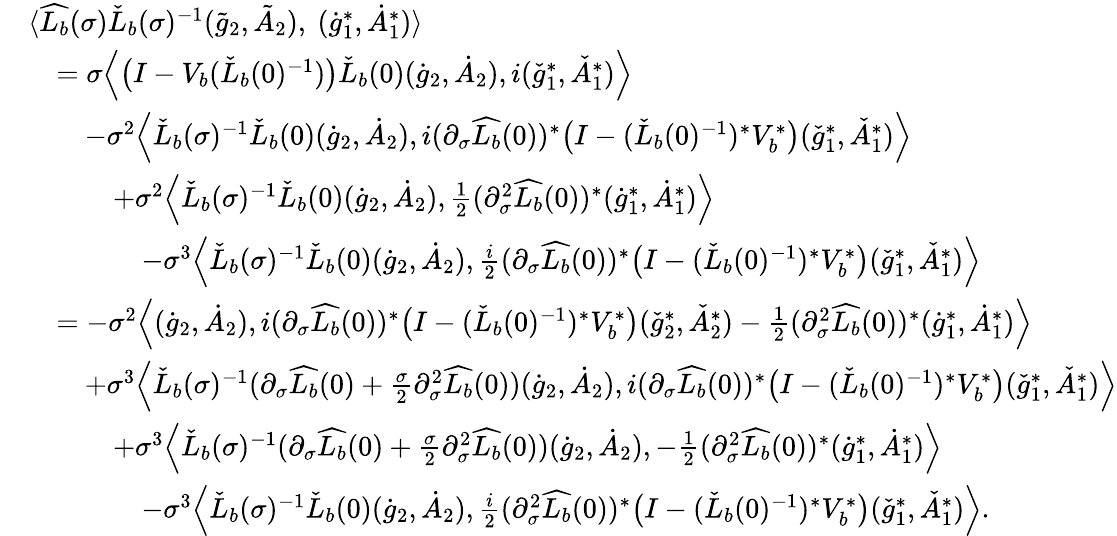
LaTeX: \begin{array}{rl}&{\langle\widehat{L_{b}}(\sigma)\check{L}_{b}(\sigma)^{-1}(\tilde{g}_{2},\tilde{A}_{2}),\ (\dot{g}_{1}^{*},\dot{A}_{1}^{*})\rangle}\\ &{\quad=\sigma\Big\langle\big(I-V_{b}(\check{L}_{b}(0)^{-1})\big)\check{L}_{b}(0)(\dot{g}_{2},\dot{A}_{2}),i(\check{g}_{1}^{*},\check{A}_{1}^{*})\Big\rangle}\\ &{\quad\quad-\sigma^{2}\Big\langle\check{L}_{b}(\sigma)^{-1}\check{L}_{b}(0)(\dot{g}_{2},\dot{A}_{2}),i(\partial_{\sigma}\widehat{L_{b}}(0))^{*}\big(I-(\check{L}_{b}(0)^{-1})^{*}V_{b}^{*}\big)(\check{g}_{1}^{*},\check{A}_{1}^{*})\Big\rangle}\\ &{\quad\quad\quad+\sigma^{2}\Big\langle\check{L}_{b}(\sigma)^{-1}\check{L}_{b}(0)(\dot{g}_{2},\dot{A}_{2}),\frac{1}{2}(\partial_{\sigma}^{2}\widehat{L_{b}}(0))^{*}(\dot{g}_{1}^{*},\dot{A}_{1}^{*})\Big\rangle}\\ &{\quad\quad\quad\quad-\sigma^{3}\Big\langle\check{L}_{b}(\sigma)^{-1}\check{L}_{b}(0)(\dot{g}_{2},\dot{A}_{2}),\frac{i}{2}(\partial_{\sigma}\widehat{L_{b}}(0))^{*}\big(I-(\check{L}_{b}(0)^{-1})^{*}V_{b}^{*}\big)(\check{g}_{1}^{*},\check{A}_{1}^{*})\Big\rangle}\\ &{\quad=-\sigma^{2}\Big\langle(\dot{g}_{2},\dot{A}_{2}),i(\partial_{\sigma}\widehat{L_{b}}(0))^{*}\big(I-(\check{L}_{b}(0)^{-1})^{*}V_{b}^{*}\big)(\check{g}_{2}^{*},\check{A}_{2}^{*})-\frac{1}{2}(\partial_{\sigma}^{2}\widehat{L_{b}}(0))^{*}(\dot{g}_{1}^{*},\dot{A}_{1}^{*})\Big\rangle}\\ &{\quad\quad+\sigma^{3}\Big\langle\check{L}_{b}(\sigma)^{-1}(\partial_{\sigma}\widehat{L_{b}}(0)+\frac{\sigma}{2}\partial_{\sigma}^{2}\widehat{L_{b}}(0))(\dot{g}_{2},\dot{A}_{2}),i(\partial_{\sigma}\widehat{L_{b}}(0))^{*}\big(I-(\check{L}_{b}(0)^{-1})^{*}V_{b}^{*}\big)(\check{g}_{1}^{*},\check{A}_{1}^{*})\Big\rangle}\\ &{\quad\quad\quad+\sigma^{3}\Big\langle\check{L}_{b}(\sigma)^{-1}(\partial_{\sigma}\widehat{L_{b}}(0)+\frac{\sigma}{2}\partial_{\sigma}^{2}\widehat{L_{b}}(0))(\dot{g}_{2},\dot{A}_{2}),-\frac{1}{2}(\partial_{\sigma}^{2}\widehat{L_{b}}(0))^{*}(\dot{g}_{1}^{*},\dot{A}_{1}^{*})\Big\rangle}\\ &{\quad\quad\quad\quad-\sigma^{3}\Big\langle\check{L}_{b}(\sigma)^{-1}\check{L}_{b}(0)(\dot{g}_{2},\dot{A}_{2}),\frac{i}{2}(\partial_{\sigma}^{2}\widehat{L_{b}}(0))^{*}\big(I-(\check{L}_{b}(0)^{-1})^{*}V_{b}^{*}\big)(\check{g}_{1}^{*},\check{A}_{1}^{*})\Big\rangle.}\end{array}